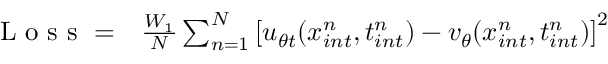
\begin{array} { r l } { \mathrm { ~ L ~ o ~ s ~ s ~ } = } & { { } \frac { W _ { 1 } } { N } \sum _ { n = 1 } ^ { N } \left[ u _ { \theta t } ( x _ { i n t } ^ { n } , t _ { i n t } ^ { n } ) - v _ { \theta } ( x _ { i n t } ^ { n } , t _ { i n t } ^ { n } ) \right] ^ { 2 } } \end{array}